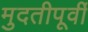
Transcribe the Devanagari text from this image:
मुदतीपूर्वी